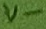
Text: V-